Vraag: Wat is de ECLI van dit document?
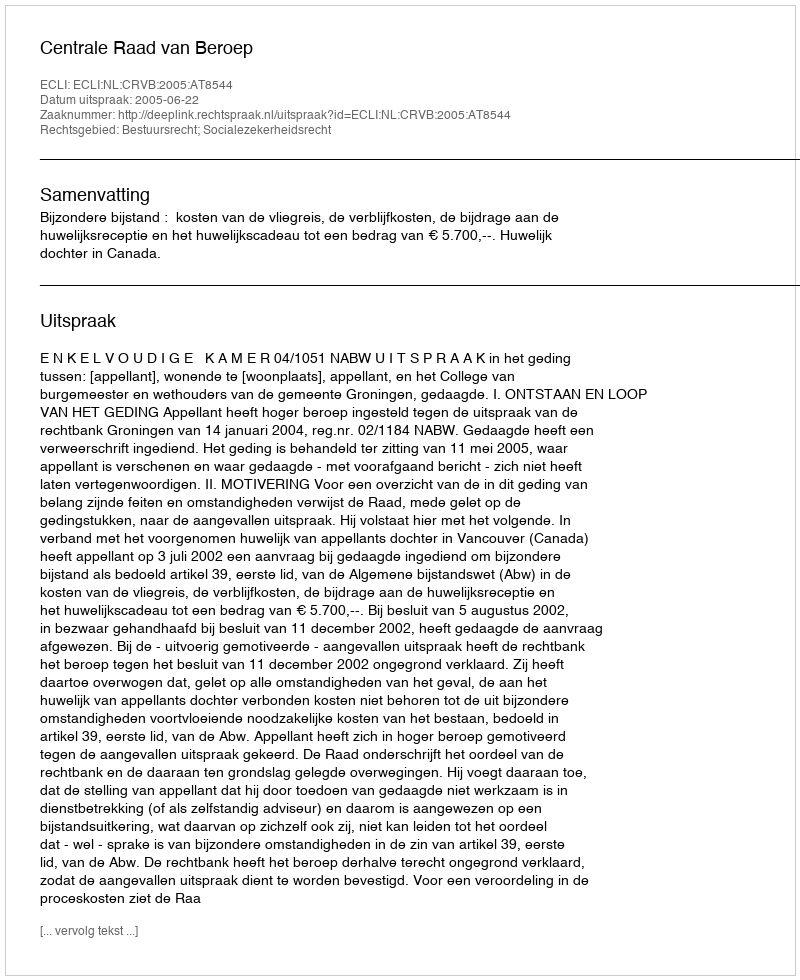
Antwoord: ECLI:NL:CRVB:2005:AT8544